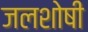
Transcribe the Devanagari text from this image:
जलशोषी